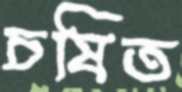
চষিত